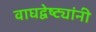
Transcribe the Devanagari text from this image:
वाघद्वेष्ट्यांनी